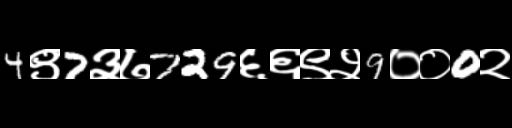
Text: 4९7३७729६६९२9००0२